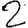
Digit: 2